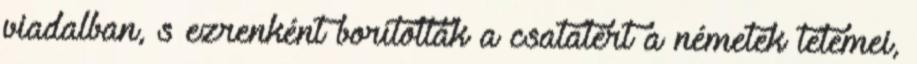
viadalban, s ezrenként borították a csatatért a németek tetemei,